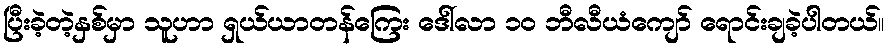
ပြီးခဲ့တဲ့နှစ်မှာ သူဟာ ရှယ်ယာတန်ကြေး ဒေါ်လာ ၁၀ ဘီလီယံကျော် ရောင်းချခဲ့ပါတယ်။